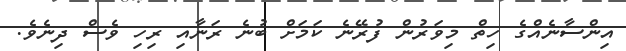
އިންސާނެއްގެ ހިތް މިވަރުން ފުރޭނެ ކަމަށް ބުނެ ރަނާއި ރިހި ވެސް ދިނެވެ.